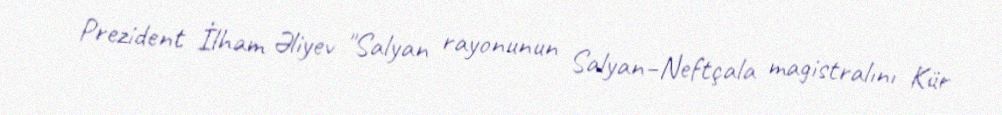
Prezident İlham Əliyev "Salyan rayonunun Salyan–Neftçala magistralını Kür